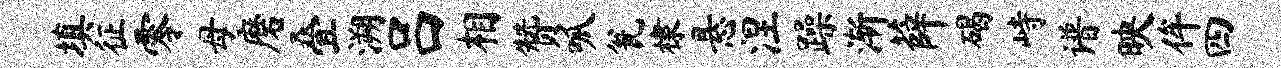
填征零母磨叠溯吕相赞呱瓮棣悬涅躁渐薛碣峙谱映侔四